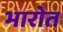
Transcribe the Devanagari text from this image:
भारोत